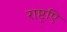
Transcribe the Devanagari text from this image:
राष्ट्िए